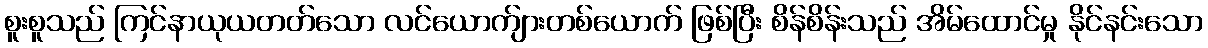
စူးစူသည် ကြင်နာယုယတတ်သော လင်ယောက်ျားတစ်ယောက် ဖြစ်ပြီး စိန်စိန်းသည် အိမ်ထောင်မှု နိုင်နင်းသော